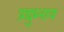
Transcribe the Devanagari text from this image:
प्रद्युम्नाय